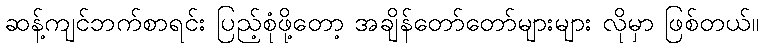
ဆန့်ကျင်ဘက်စာရင်း ပြည့်စုံဖို့တော့ အချိန်တော်တော်များများ လိုမှာ ဖြစ်တယ်။